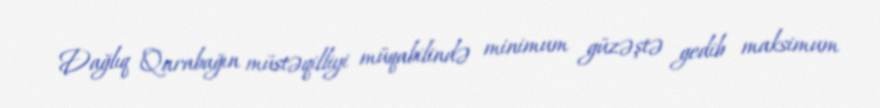
Dağlıq Qarabağın müstəqilliyi müqabilində minimum güzəştə gedib maksimum